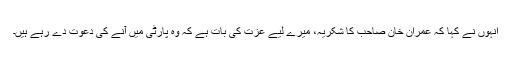
انہوں نے کہا کہ عمران خان صاحب کا شکریہ، میرے لیے عزت کی بات ہے کہ وہ پارٹی میں آنے کی دعوت دے رہے ہیں۔